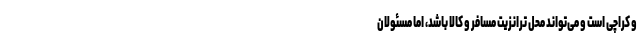
و کراچی است و می‌تواند محل ترانزیت مسافر و کالا باشد، اما مسئولان